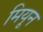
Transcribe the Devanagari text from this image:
मियून